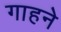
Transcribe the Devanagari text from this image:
गाहने